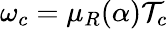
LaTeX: {\omega}_{c}=\mu_{R}(\alpha){\mathcal T}_{c}